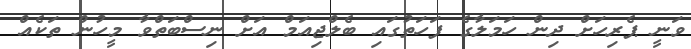
ވަނީ ޕެރިހަށް ދިން ހަމަލާގެ ފަހަތުގައި ބެލްޖިއަމް އަށް ނިސްބަތްވާ މީހުން ތަކެއް